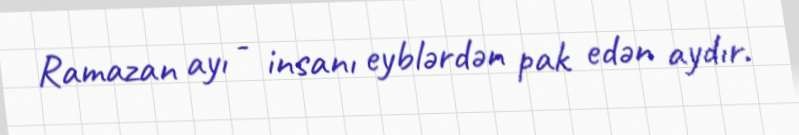
Ramazan ayı - insanı eyblərdən pak edən aydır.